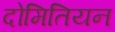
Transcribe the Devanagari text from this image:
दोमितियन